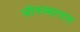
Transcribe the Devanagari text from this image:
जीवव्यापार